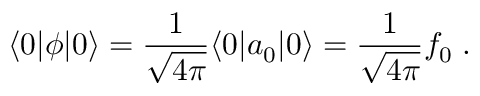
\langle 0 | \phi | 0 \rangle = { \frac { 1 } { \sqrt { 4 \pi } } } \langle 0 | a _ { 0 } | 0 \rangle = { \frac { 1 } { \sqrt { 4 \pi } } } f _ { 0 } \; .